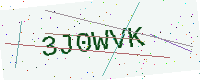
Text: 3J0WVK